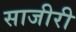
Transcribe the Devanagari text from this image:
साजीरी